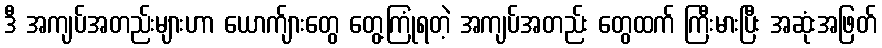
ဒီ အကျပ်အတည်းများဟာ ယောက်ျားတွေ တွေ့ကြုံရတဲ့ အကျပ်အတည်း တွေထက် ကြီးမားပြီး အဆုံးအဖြတ်